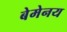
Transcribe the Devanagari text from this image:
बेमेनय